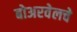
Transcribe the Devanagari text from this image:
बोअरवेलचे